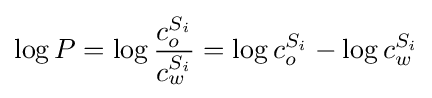
\log {P}=\log {\frac {c_{o}^{S_{i}}}{c_{w}^{S_{i}}}}=\log c_{o}^{S_{i}}-\log c_{w}^{S_{i}}